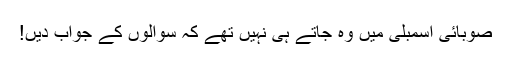
صوبائی اسمبلی میں وہ جاتے ہی نہیں تھے کہ سوالوں کے جواب دیں!